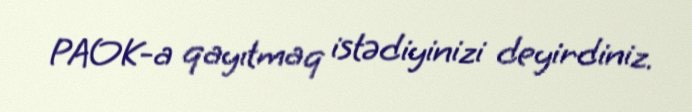
PAOK-a qayıtmaq istədiyinizi deyirdiniz.